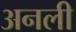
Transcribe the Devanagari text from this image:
अनली